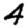
Digit: 4